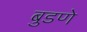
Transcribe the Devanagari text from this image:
बुडणे